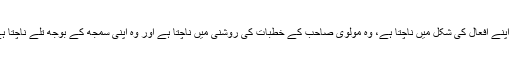
وہ اپنے افعال کی شکل میں ناچتا ہے، وہ مولوی صاحب کے خطبات کی روشنی میں ناچتا ہے اور وہ اپنی سمجھ کے بوجھ تلے ناچتا ہے۔